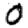
Digit: 0